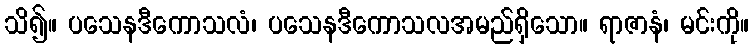
သိ၍။ ပသေနဒီကောသလံ၊ ပသေနဒီကောသလအမည်ရှိသော။ ရာဇာနံ၊ မင်းကို။